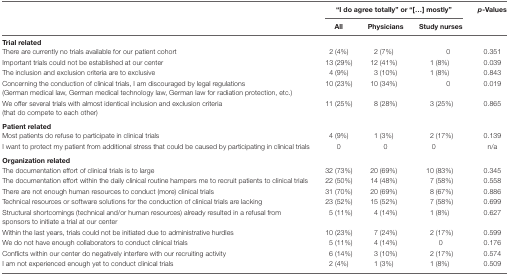
<table><thead><tr><td rowspan="2"></td><td colspan="3"><b>“I do agree totally” or “[...] mostly”</b></td><td rowspan="2"><b><i>p</i>-Values</b></td></tr><tr><td><b>All</b></td><td><b>Physicians</b></td><td><b>Study nurses</b></td></tr></thead><tbody><tr><td colspan="5"><b>Trial related</b></td></tr><tr><td>There are currently no trials available for our patient cohort</td><td>2 (4%)</td><td>2 (7%)</td><td>0</td><td>0.351</td></tr><tr><td>Important trials could not be established at our center</td><td>13 (29%)</td><td>12 (41%)</td><td>1 (8%)</td><td>0.039</td></tr><tr><td>The inclusion and exclusion criteria are to exclusive</td><td>4 (9%)</td><td>3 (10%)</td><td>1 (8%)</td><td>0.843</td></tr><tr><td>Concerning the conduction of clinical trials, I am discouraged by legal regulations (German medical law, German medical technology law, German law for radiation protection, etc.)</td><td>10 (23%)</td><td>10 (34%)</td><td>0</td><td>0.019</td></tr><tr><td>We offer several trials with almost identical inclusion and exclusion criteria (that do compete to each other)</td><td>11 (25%)</td><td>8 (28%)</td><td>3 (25%)</td><td>0.865</td></tr><tr><td colspan="5"><b>Patient related</b></td></tr><tr><td>Most patients do refuse to participate in clinical trials</td><td>4 (9%)</td><td>1 (3%)</td><td>2 (17%)</td><td>0.139</td></tr><tr><td>I want to protect my patient from additional stress that could be caused by participating in clinical trials</td><td>0</td><td>0</td><td>0</td><td>n/a</td></tr><tr><td colspan="5"><b>Organization related</b></td></tr><tr><td>The documentation effort of clinical trials is to large</td><td>32 (73%)</td><td>20 (69%)</td><td>10 (83%)</td><td>0.345</td></tr><tr><td>The documentation effort within the daily clinical routine hampers me to recruit patients to clinical trials</td><td>22 (50%)</td><td>14 (48%)</td><td>7 (58%)</td><td>0.558</td></tr><tr><td>There are not enough human resources to conduct (more) clinical trials</td><td>31 (70%)</td><td>20 (69%)</td><td>8 (67%)</td><td>0.886</td></tr><tr><td>Technical resources or software solutions for the conduction of clinical trials are lacking</td><td>23 (52%)</td><td>15 (52%)</td><td>7 (58%)</td><td>0.699</td></tr><tr><td>Structural shortcomings (technical and/or human resources) already resulted in a refusal from sponsors to initiate a trial at our center</td><td>5 (11%)</td><td>4 (14%)</td><td>1 (8%)</td><td>0.627</td></tr><tr><td>Within the last years, trials could not be initiated due to administrative hurdles</td><td>10 (23%)</td><td>7 (24%)</td><td>2 (17%)</td><td>0.599</td></tr><tr><td>We do not have enough collaborators to conduct clinical trials</td><td>5 (11%)</td><td>4 (14%)</td><td>0</td><td>0.176</td></tr><tr><td>Conflicts within our center do negatively interfere with our recruiting activity</td><td>6 (14%)</td><td>3 (10%)</td><td>2 (17%)</td><td>0.574</td></tr><tr><td>I am not experienced enough yet to conduct clinical trials</td><td>2 (4%)</td><td>1 (3%)</td><td>1 (8%)</td><td>0.509</td></tr></tbody></table>